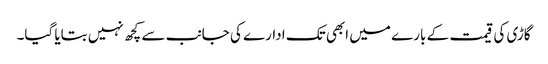
گاڑی کی قیمت کے بارے میں ابھی تک ادارے کی جانب سے کچھ نہیں بتایا گیا۔